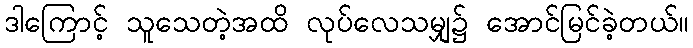
ဒါကြောင့် သူသေတဲ့အထိ လုပ်လေသမျှ၌ အောင်မြင်ခဲ့တယ်။